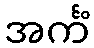
အင်္ကံ